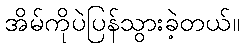
အိမ်ကိုပဲပြန်သွားခဲ့တယ်။